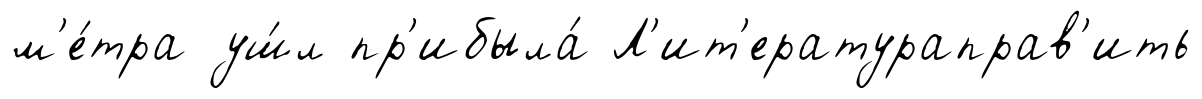
м'е́тра уш́л пр'ибыла́ Л'ит'ератураправ'ить